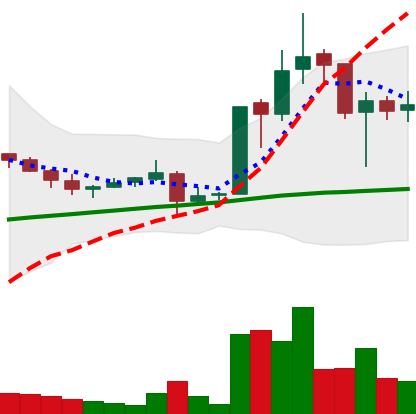
Ticker: LTC-USD
Chart end date: 2017-10-20
Forward return: -6.359%
Label: down_5_7